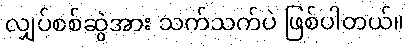
လျှပ်စစ်ဆွဲအား သက်သက်ပဲ ဖြစ်ပါတယ်။